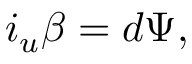
i _ { u } \beta = d \Psi ,